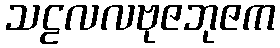
သဠလလဗုဇဘုဇက